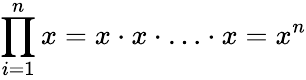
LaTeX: \prod_{i=1}^{n}x=x\cdot x\cdot\ldots\cdot x=x^{n}